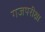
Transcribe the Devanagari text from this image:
गजपरीक्षा